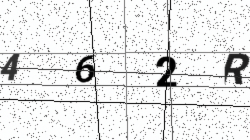
Text: 462R